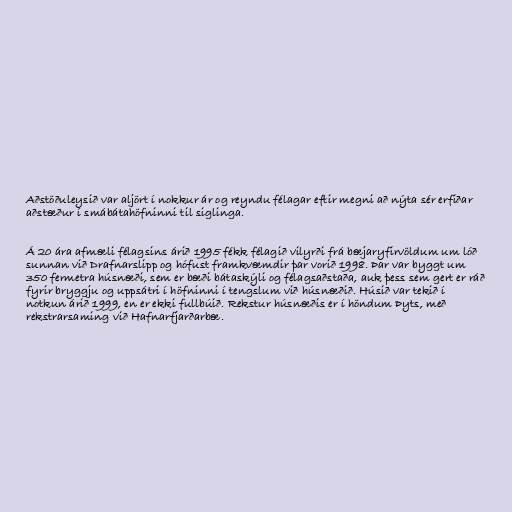
Aðstöðuleysið var aljört í nokkur ár og reyndu félagar eftir megni að nýta sér erfiðar
aðstæður í smábátahöfninni til siglinga.

Á 20 ára afmæli félagsins árið 1995 fékk félagið vilyrði frá bæjaryfirvöldum um lóð
sunnan við Drafnarslipp og hófust framkvæmdir þar vorið 1998. Þar var byggt um
350 fermetra húsnæði, sem er bæði bátaskýli og félagsaðstaða, auk þess sem gert er ráð
fyrir bryggju og uppsátri í höfninni í tengslum við húsnæðið. Húsið var tekið í
notkun árið 1999, en er ekki fullbúið. Rekstur húsnæðis er í höndum Þyts, með
rekstrarsaming við Hafnarfjarðarbæ.